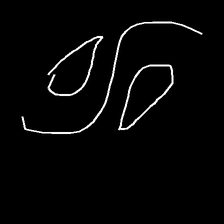
Glyph: water